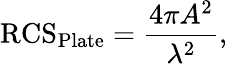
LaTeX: {\mathrm{RCS}}_{\mathrm{Plate}}={\frac{4\pi A^{2}}{\lambda^{2}}},